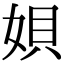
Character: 㛝